Report on vaccination North-West Frontier Province 1904-1922 - 1904-1922
Year: 1904
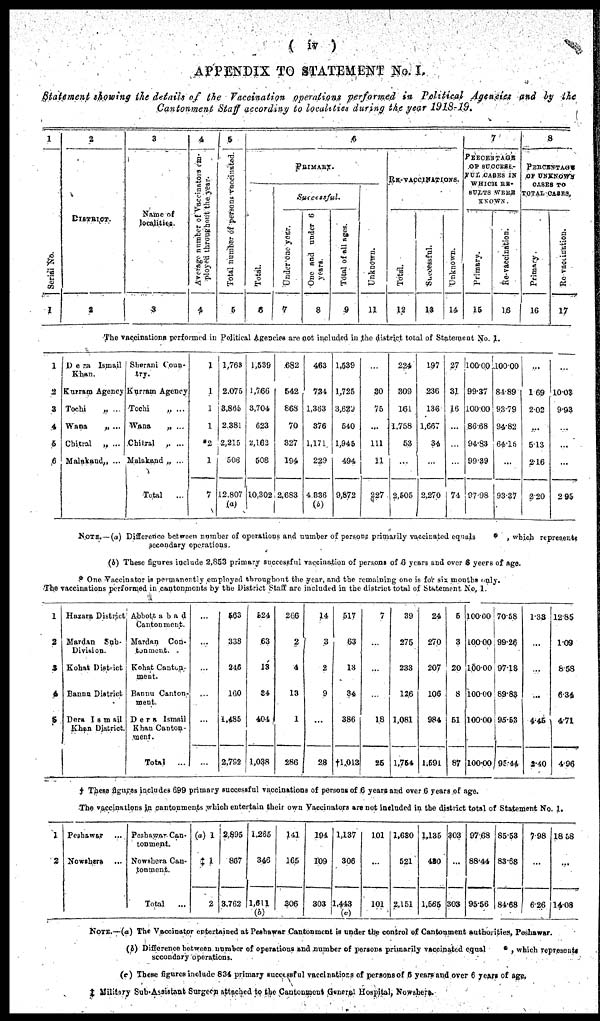
( iv )
APPENDIX TO STATEMENT No. I.
Statement showing the details of the Vaccination
operations performed
in Political
Agencies and by the
Cantonment Staff according to localities during the year
1918-19.
1
Serial No.
1
2
DISTRICT.
2
3
Name of
localities.
3
4
Average number of Vaccinators em-
ployed throughout the year.
4
6
Total number of persons vaccinated.
5
7
PRIMARY.
Total
6
Successful.
Under One year.
7
One and under 6
years.
8
Total of all ages.
9
Unknown.
11
RE-VACCINATIONS.
Total.
12
Successful.
13
Unknown.
14
7
PERCENTAGE
OF SUCCESS¬
FUL CASES IN
WHICH RE¬
SULTS WERE
KNOWN.
Primary.
15
Re-vaccination.
16
8
PERCENTAGE
OF UNKNOWN
CASES TO
TOTAL CASES.
Primary.
16
Re-vaccination.
17
The vaccinations performed in Political Agencies are not included in the district total of Statement No. 1.
1
2
3
4
6
6
Dera Ismail
Khan.
Kurram Agency
Tochi
„ ...
Wana
„ ...
Chitral „ ...
Malakand„ ...
Sharani Coun¬
try.
Kurram Agency
Tochi
„ ...
Wana
„ ...
Chitral
Malakand „ ...
Total
...
1
1
1
1
*2
1
7
1,763
2,076
3,865
2,381
2,215
508
12,807
(a)
1,539
1,766
8,704
623
2,162
508
10,302
682
542
868
70
327
194
2,683
463
734
1,363
376
1,171
229
4,336
(b)
1,539
1,725
3,629
540
1,945
494
9,872
...
30
75
...
111
11
227
224
309
161
1,758
53
...
2,505
197
236
136
1,667
34
...
2,270
27
31
16
...
...
...
74
100.00
99.37
100.00
86.68
94.83
99.39
97.98
100.00
84.89
93.79
94.82
64.16
...
93.37
...
1.69
2.02
...
5.13
2.16
2.20
...
10.03
9.93
...
...
...
2.95
NOTE. — (a) Difference between number of operations and number of persons primarily vaccinated equals
which represents
secondary operations.
(b) These figures include 2,853 primary successful vaccination of persons of 6 years and over 6 years of age.
* One Vaccinator is permanently employed throughout the year, and the remaining one is for six months only.
The vaccinations performed in cantonments by the District Staff are included in the district total of Statement No, 1.
1
2
3
4
5
Hazara District
Mardan Sub¬
Division.
Kohat District
Bannu District
Dera Ismail
Khan District.
Abbottabad
Cantonment.
Mardan Con¬
tonment.
Kohat Canton¬
ment.
Bannu Canton-
ment.
Dera Ismail
Khan Canton-
ment.
Total ...
...
...
...
...
...
...
563
338
246
160
1,485
2,792
524
63
13
34
404
1,038
266
2
4
13
1
286
14
3
2
9
...
28
517
63
18
34
386
†1,013
7
...
...
...
18
25
39
275
233
126
1,081
1,754
24
270
207
106
984
1,591
5
3
20
8
51
87
100.00
100.00
100.00
100.00
100.00
100.00
70.58
99.26
97.18
89.83
95.53
95.44
1.33
...
...
...
4.45
2.40
12.85
1.09
8.58
6.34
4.71
4.95
† These figures includes 699 primary successful vaccinations of persons of 6 years and over 6 years of age.
The vaccinations in cantonments which entertain their own Vaccinators are not included in the district total of Statement No. 1.
1
2
Peshawar ...
Nowshera ...
Peshawar Can¬
tonment.
Nowshera Can¬
tonment.
Total ...
(a) 1
‡ 1
2
2,895
867
3,762
1,265
346
1,611
(b)
141
165
306
194
109
303
1,137
306
1,443
(c)
101
...
101
1,630
521
2,151
1,135
420
1,565
303
...
303
97.68
88.44
96.56
85.53
83.68
84.68
7.98
...
6.26
18.58
...
14.08
NOTE.—(a) The Vaccinator entertained at Peshawar Cantonment is under the control of Cantonment authorities, Peshawar.
(b) Difference between number of operations and number of persons primarily vaccinated equal
* , which represents
secondary operations.
(c) These figures include 834 primary successful vaccinations of persons of 6 years and over 6 years of age.
‡ Military Sub-Assistant Surgeon attached to the Cantonment General Hospital, Nowshera.